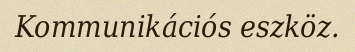
Kommunikációs eszköz.